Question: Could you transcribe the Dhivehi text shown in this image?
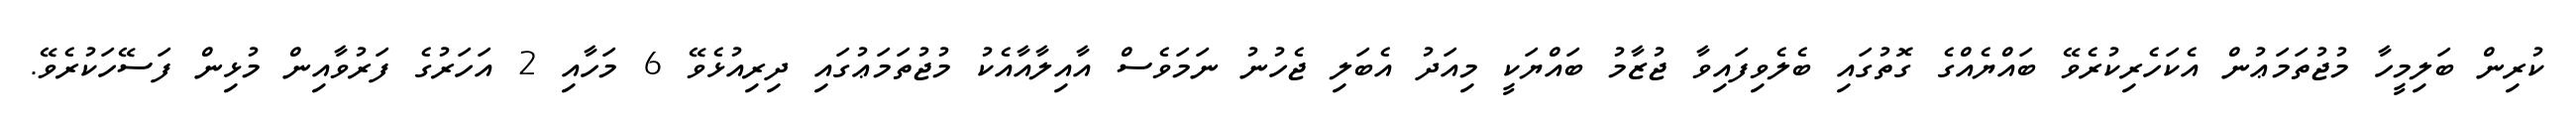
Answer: ކުރިން ބަލިމީހާ މުޖުތަމަޢުން އެކަހެރިކުރެވޭ ބައްޔެއްގެ ގޮތުގައި ބެލެވިފައިވާ ޖުޒާމު ބައްޔަކީ މިއަދު އެބަލި ޖެހުނު ނަމަވެސް އާއިލާއާއެކު މުޖުތަމަޢުގައި ދިރިއުޅެވޭ 6 މަހާއި 2 އަހަރުގެ ފަރުވާއިން މުޅިން ފަސޭހަކުރެވޭ.